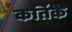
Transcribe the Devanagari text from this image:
कर्तिके